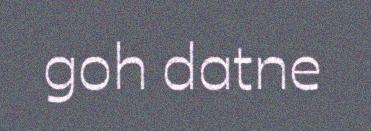
goh datne